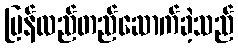
ပြန်လည်တည်ဆောက်ခဲ့သည်